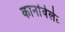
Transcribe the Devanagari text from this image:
कार्नावेलेट